Plague in India, 1896, 1897 - Volume 2
Year: 1896
Disease focus: Plague
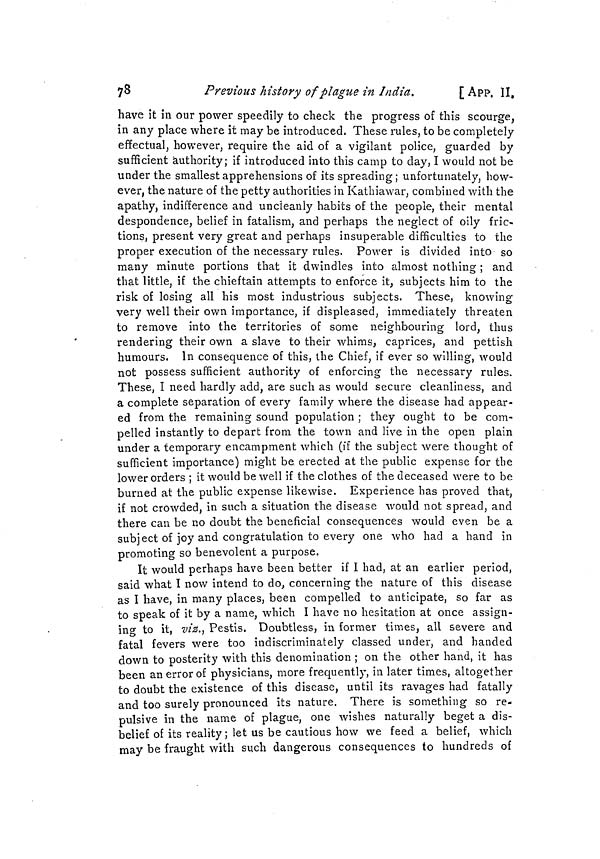
78
Previous history of plague in India,
[ APP. II,
have it in our power speedily to check the progress of this scourge,
in any place where it may be introduced, These rules, to be completely
effectual, however, require the aid of a vigilant police, guarded by
sufficient authority; if introduced into this camp to day, I would not be
under the smallest apprehensions of its spreading; unfortunately, how-
ever, the nature of the petty authorities in Kathiawar, combined with the
apathy, indifference and uncleanly habits of the people, their mental
despondence, belief in fatalism, and perhaps the neglect of oily fric-
tions, present very great and perhaps insuperable difficulties to the
proper execution of the necessary rules. Power is divided into so
many minute portions that it dwindles into almost nothing ; and
that little, if the chieftain attempts to enforce it, subjects him to the
risk of losing all his most industrious subjects. These, knowing
very well their own importance, if displeased, immediately threaten
to remove into the territories of some neighbouring lord, thus
rendering their own a slave to their whims, caprices, and pettish
humours. In consequence of this, the Chief, if ever so willing, would
not possess sufficient authority of enforcing the necessary rules.
These, I need hardly add, are such as would secure cleanliness, and
a complete separation of every family where the disease had appear-
ed from the remaining sound population ; they ought to be com-
pelled instantly to depart from the town and live in the open plain
under a temporary encampment which (if the subject were thought of
sufficient importance) might be erected at the public expense for the
lower orders ; it would be well if the clothes of the deceased were to be
burned at the public expense likewise. Experience has proved that,
if not crowded, in such a situation the disease would not spread, and
there can be no doubt the beneficial consequences would even be a
subject of joy and congratulation to every one who had a hand in
promoting so benevolent a purpose.
It would perhaps have been better if I had, at an earlier period,
said what I now intend to do, concerning the nature of this disease
as I have, in many places, been compelled to anticipate, so far as
to speak of it by a name, which I have no hesitation at once assign-
ing to it, viz., Pestis. Doubtless, in former times, all severe and
fatal fevers were too indiscriminately classed under, and handed
down to posterity with this denomination ; on the other hand, it has
been an error of physicians, more frequently, in later times, altogether
to doubt the existence of this disease, until its ravages had fatally
and too surely pronounced its nature. There is something so re-
pulsive in the name of plague, one wishes naturally beget a dis-
belief of its reality ; let us be cautious how we feed a belief, which
may be fraught with such dangerous consequences to hundreds of